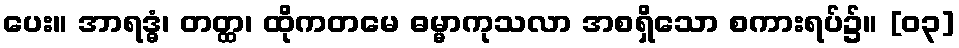
ပေး။ အာရဒ္ဓံ၊ တတ္ထ၊ ထိုကတမေ ဓမ္မာကုသလာ အစရှိသော စကားရပ်၌။ [၀၃]